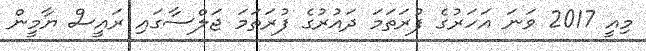
މިއީ 2017 ވަނަ އަހަރުގެ ފުރަތަމަ ދައުރުގެ ފުރަތަމަ ޖަލްސާގައި ރައީސް ޔާމީން